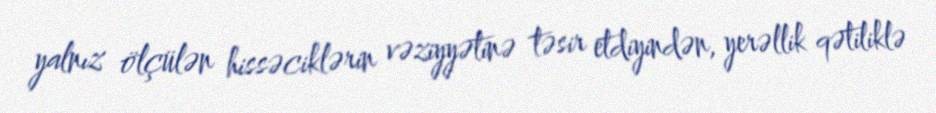
yalnız ölçülən hissəciklərin vəziyyətinə təsir etdiyindən, yerəllik qətiliklə